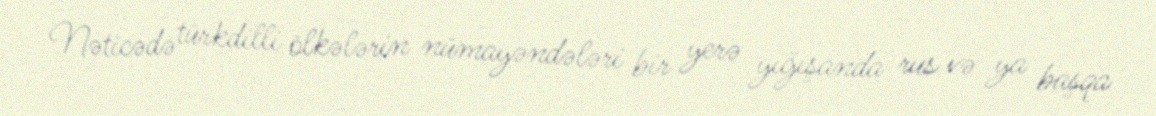
Nəticədə türkdilli ölkələrin nümayəndələri bir yerə yığışanda rus və ya başqa